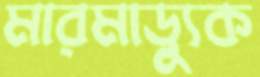
মারমাড্যুক